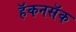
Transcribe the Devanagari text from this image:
हॅकनसॅक